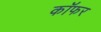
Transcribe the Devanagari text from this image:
कॉफर